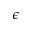
\epsilon